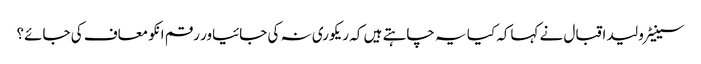
سینیٹر ولید اقبال نے کہاکہ کیا یہ چاہتے ہیں کہ ریکوری نہ کی جائیاور رقم انکو معاف کی جائے؟